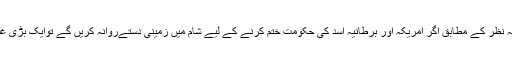
میرے نقطہ نظر کے مطابق اگر امریکہ اور برطانیہ اسد کی حکومت ختم کرنے کے لیے شام میں زمینی دستےروانہ کریں گے توایک بڑی غلطی ہوگي۔